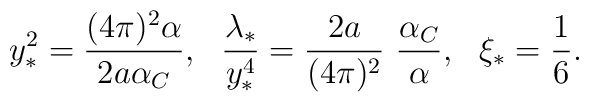
y^2_\ast = {\frac{(4\pi)^2\alpha}{2a\alpha_C}},~~{\frac{\lambda_\ast}{y^4_\ast}}={\frac{2a}{(4\pi)^2}}~{\frac{\alpha_C}{\alpha}},~~\xi_\ast={\frac{1}{6}}.